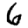
Digit: 6